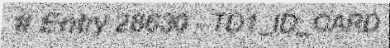
# Entry 28630 - TD1_ID_CARD